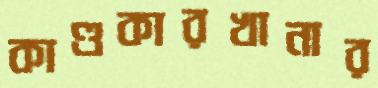
কাণ্ডকারখানার